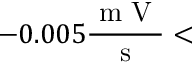
- 0 . 0 0 5 \frac { \mathrm { ~ m ~ V ~ } } { \mathrm { ~ s ~ } } <